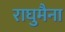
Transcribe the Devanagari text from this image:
राघुमैना